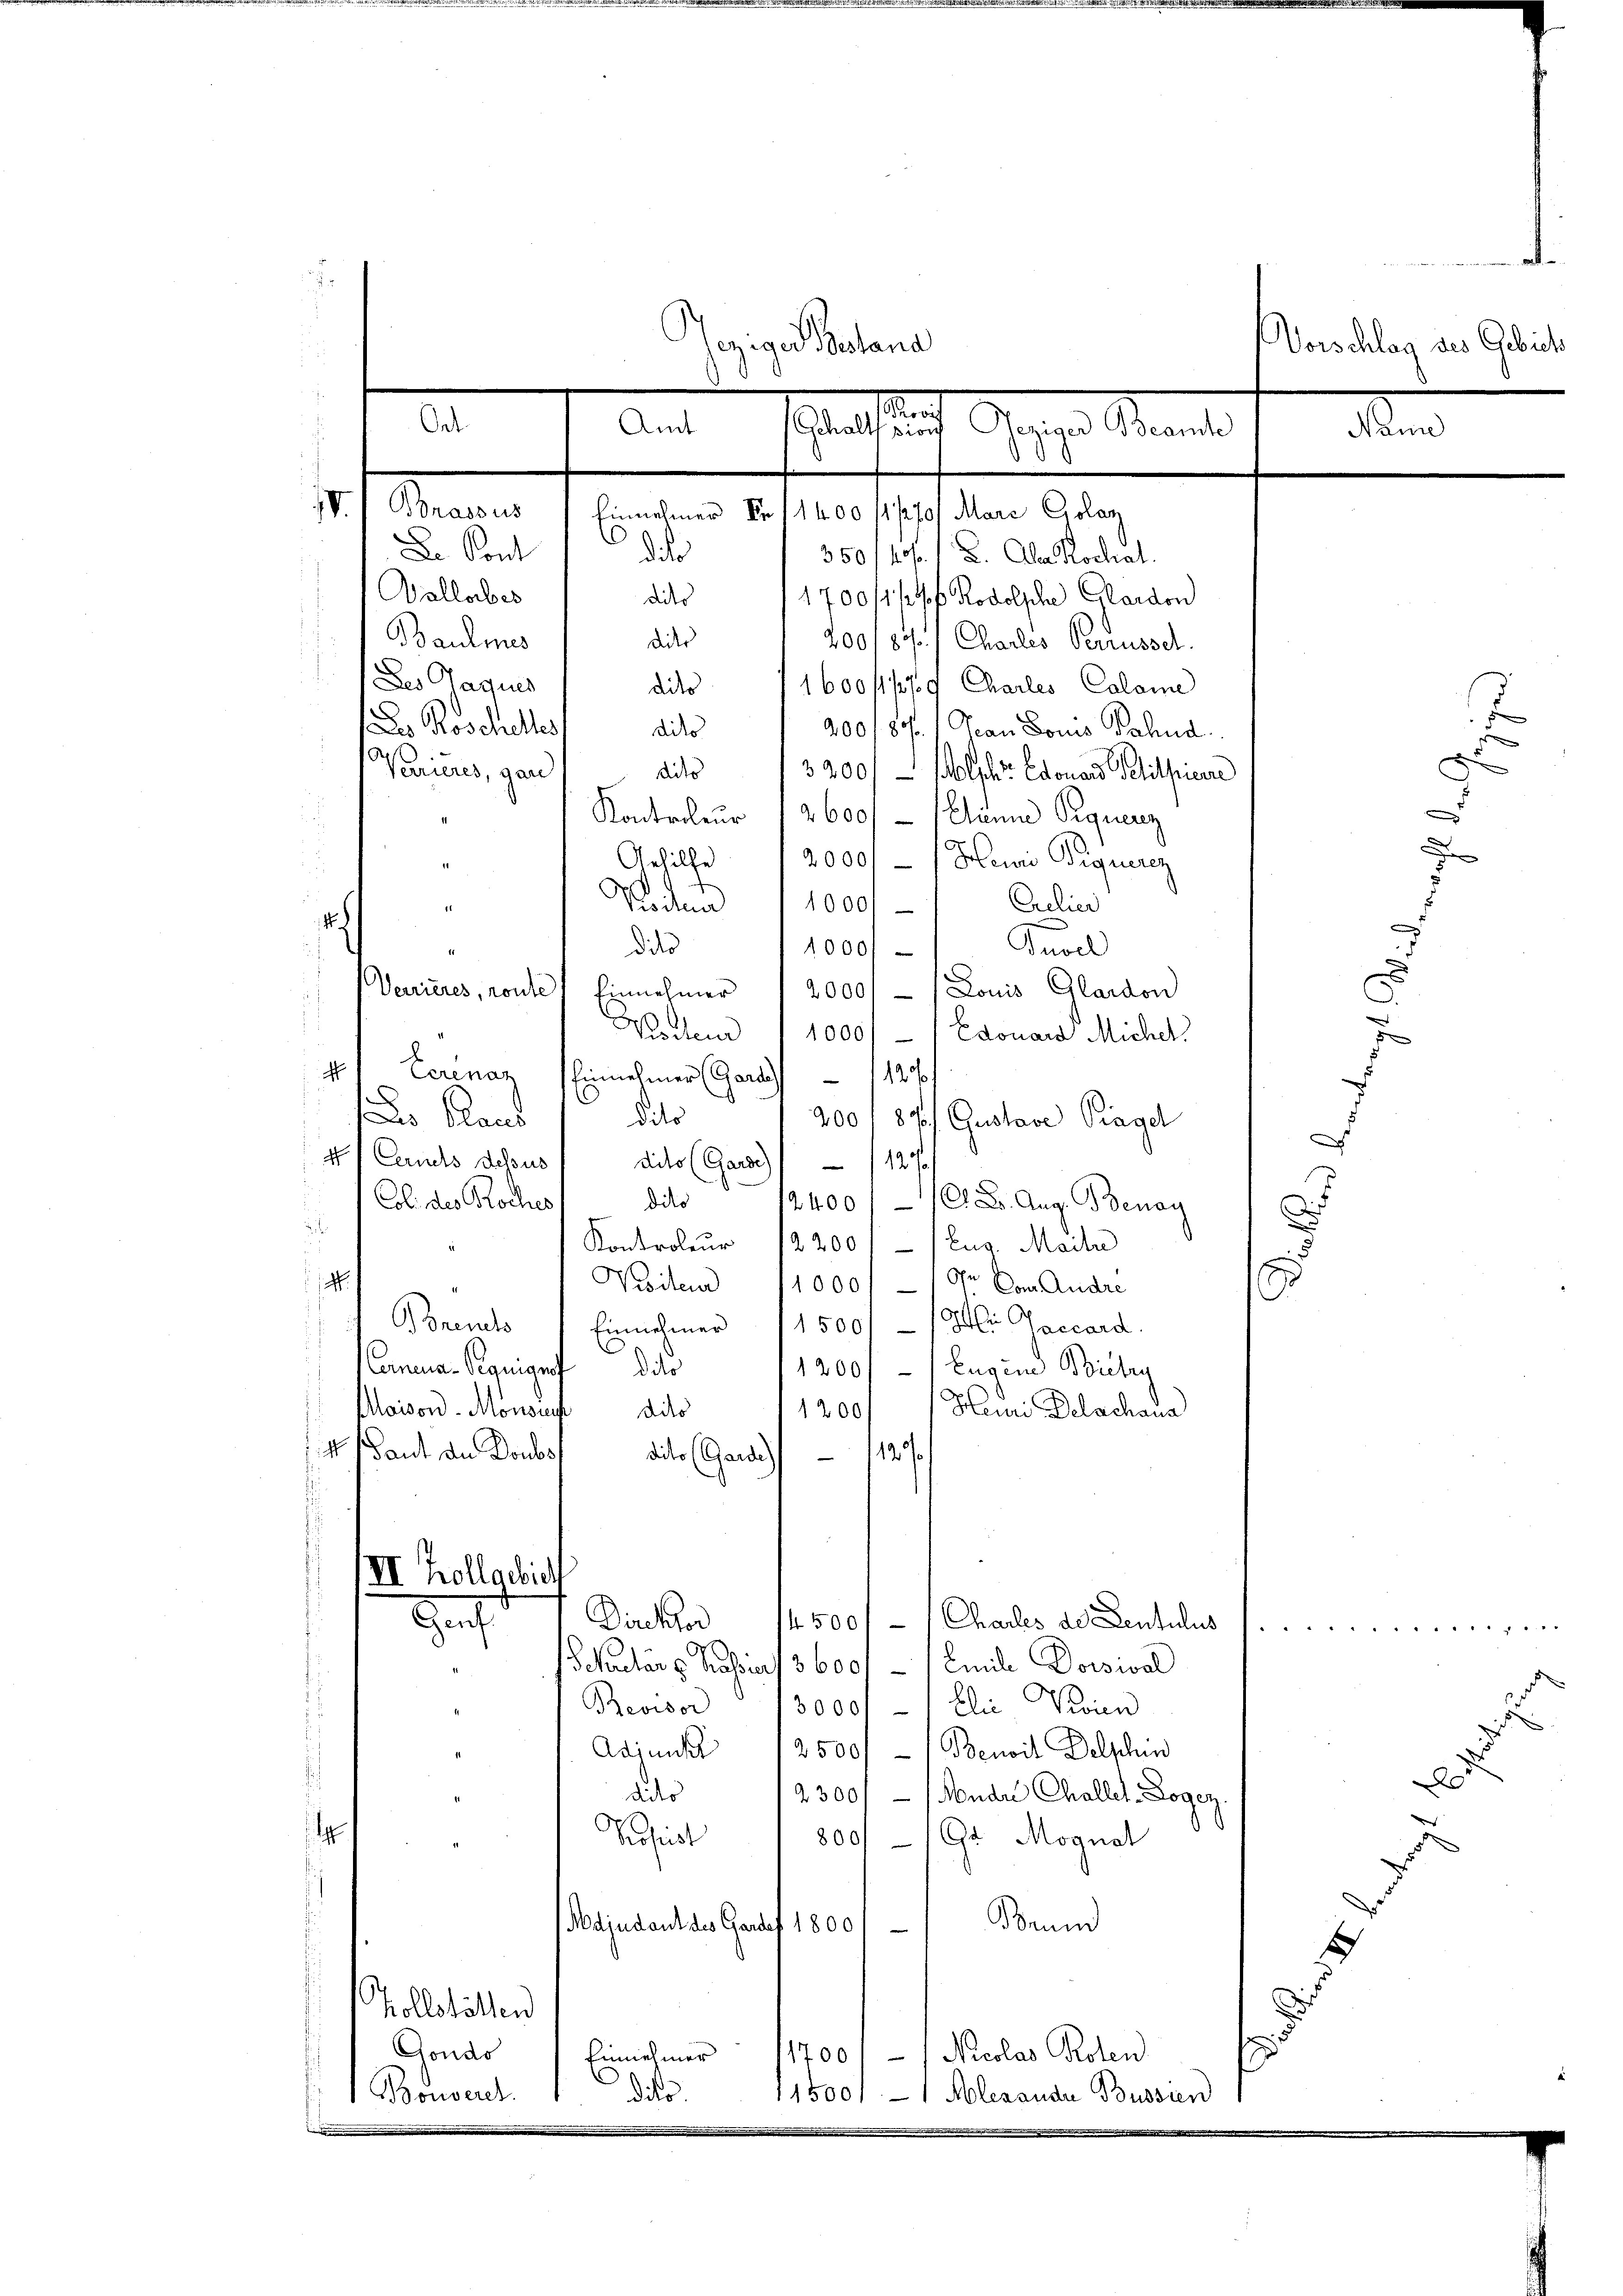
Geziges Beland
n
Amt
Ont
Gehalt pion
Gegen Mante
Ken
8
IV.
Magen
Einnehmen Fr. 11400/11270) Marc Golaz
.
Dr Kont
ddr
350/40f. 1 u. Aber Rochal.

1

.
Vorschlag des Gebiet

e
Vallorber
dito
1700 fl p Rodolsche Glardon
Baumes
dier
200/87./ Charles Perrüssel.
Seder Gagus
1600/1/3/9 Charles Calame
dito
s Roschelles,
200/80.) Jean Louis Fahnd
dito
A
Verrieres, gan
3200/ Molph Edouard Petitherre
dito
Kontroleur 12600/ - (Einna Sequenz
u
2000 - / Henri Piquerez
Gehilfe
1
.
¬
Koiten 1000
Crelier
2
Groll
dilo
1000/
71
Verrieres, route Einnehmer 2000) (Louis Glardon
Wistens 1000f - / Edouard Michel
d
Eerenaz (Einnehmer (Gerst 1120
s Places
dito
200/ 87/ Gustave Tragel
d
N Cernels dessus / dits (Garde) 127
.
.
dito
Col. des Koches
2400//C. 2. Aug. Benay
d

Kontroleur 12200 f - / Eug. Mail
e
14.
Visiten 11000/19r Com. Andre
s
Porents 1 Einnehmer (1500.- (Hi Gaccard.
C
Eerneua-Siguigrofdito
1200/ Eugene Bietry
Hani Delachaus
1200f
Aloisord-Monsauf dito
4 Baut de Doubs
dito (Gand) 12
VII. Kollarich
Her
Direktor 14500 f - 1 Challes de Lentulus
K      1 xxxxx
Schular u. Fabia/ 3600. - Emile Dorsical
Revisor 130001-/ Elie Kronen
s
Adjunkt
2500f - Benoit Delschi
A
dito
2300/ - (Mudre Challet-Logen
h
Pfist
800/ 19t Mognat
Beund
Adjudent des Gardes 1800
.
Zollställen
Gondo
Einnahmer 11700 / Nicolas Roten
dito.
Bouvereh.
11500. - Alexande Bussien

.

x

e